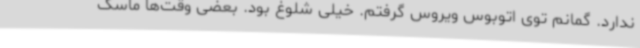
ندارد. گمانم توی اتوبوس ویروس گرفتم. خیلی شلوغ بود. بعضی وقت‌ها ماسک